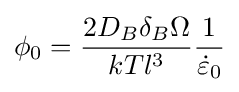
\phi _{0}={\frac {2D_{B}\delta _{B}\Omega }{kTl^{3}}}{\frac {1}{{\dot {\varepsilon }}_{0}}}